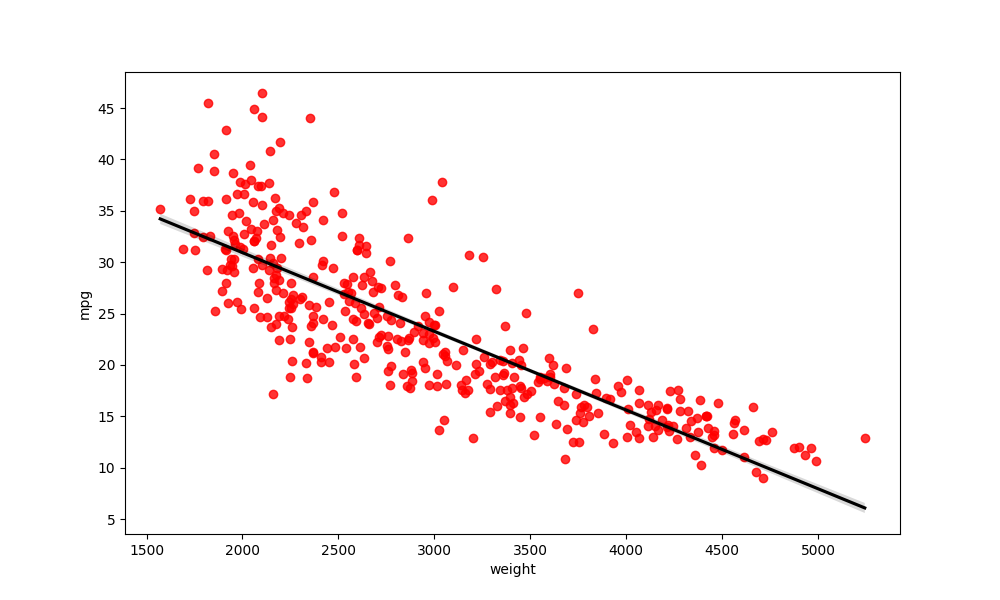
python, seaborn, regplot, order=1, ci=68, scatter_color=red, line_color=black